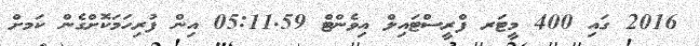
2016 ގައި 400 މީޓަރ ފްރީސްޓައިލް އިވެންޓް 05:11.59 އިން ފުރިހަމަކޮށްގެން ކަަމށް